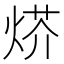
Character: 𤊍